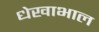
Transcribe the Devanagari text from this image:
धेखाभाल